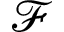
\mathcal { F }